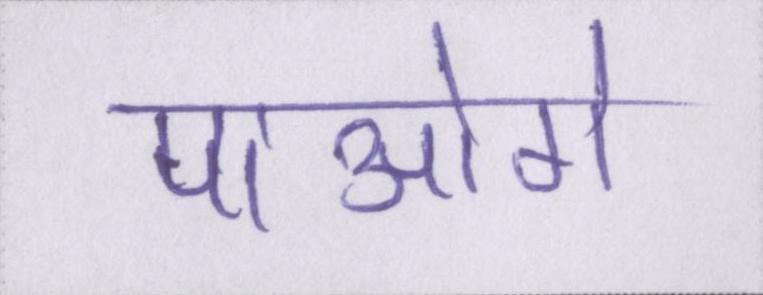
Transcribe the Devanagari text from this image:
पाओगे